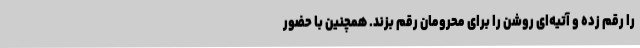
را رقم زده و آتیه‌ای روشن را برای محرومان رقم بزند. همچنین با حضور